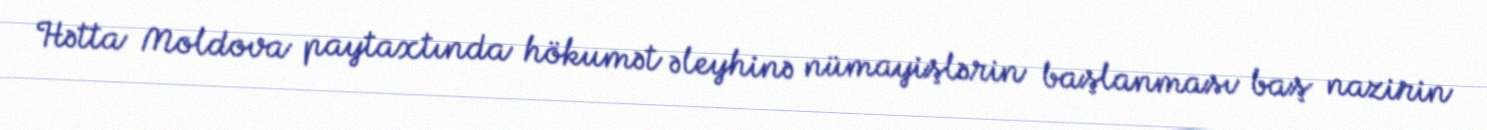
Hətta Moldova paytaxtında hökumət əleyhinə nümayişlərin başlanması baş nazirin